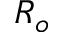
R _ { o }